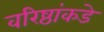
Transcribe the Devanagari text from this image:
वरिष्ठांकडे